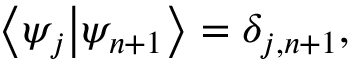
\left\langle { \psi _ { j } } \middle | { \psi _ { n + 1 } } \right\rangle = \delta _ { j , n + 1 } ,